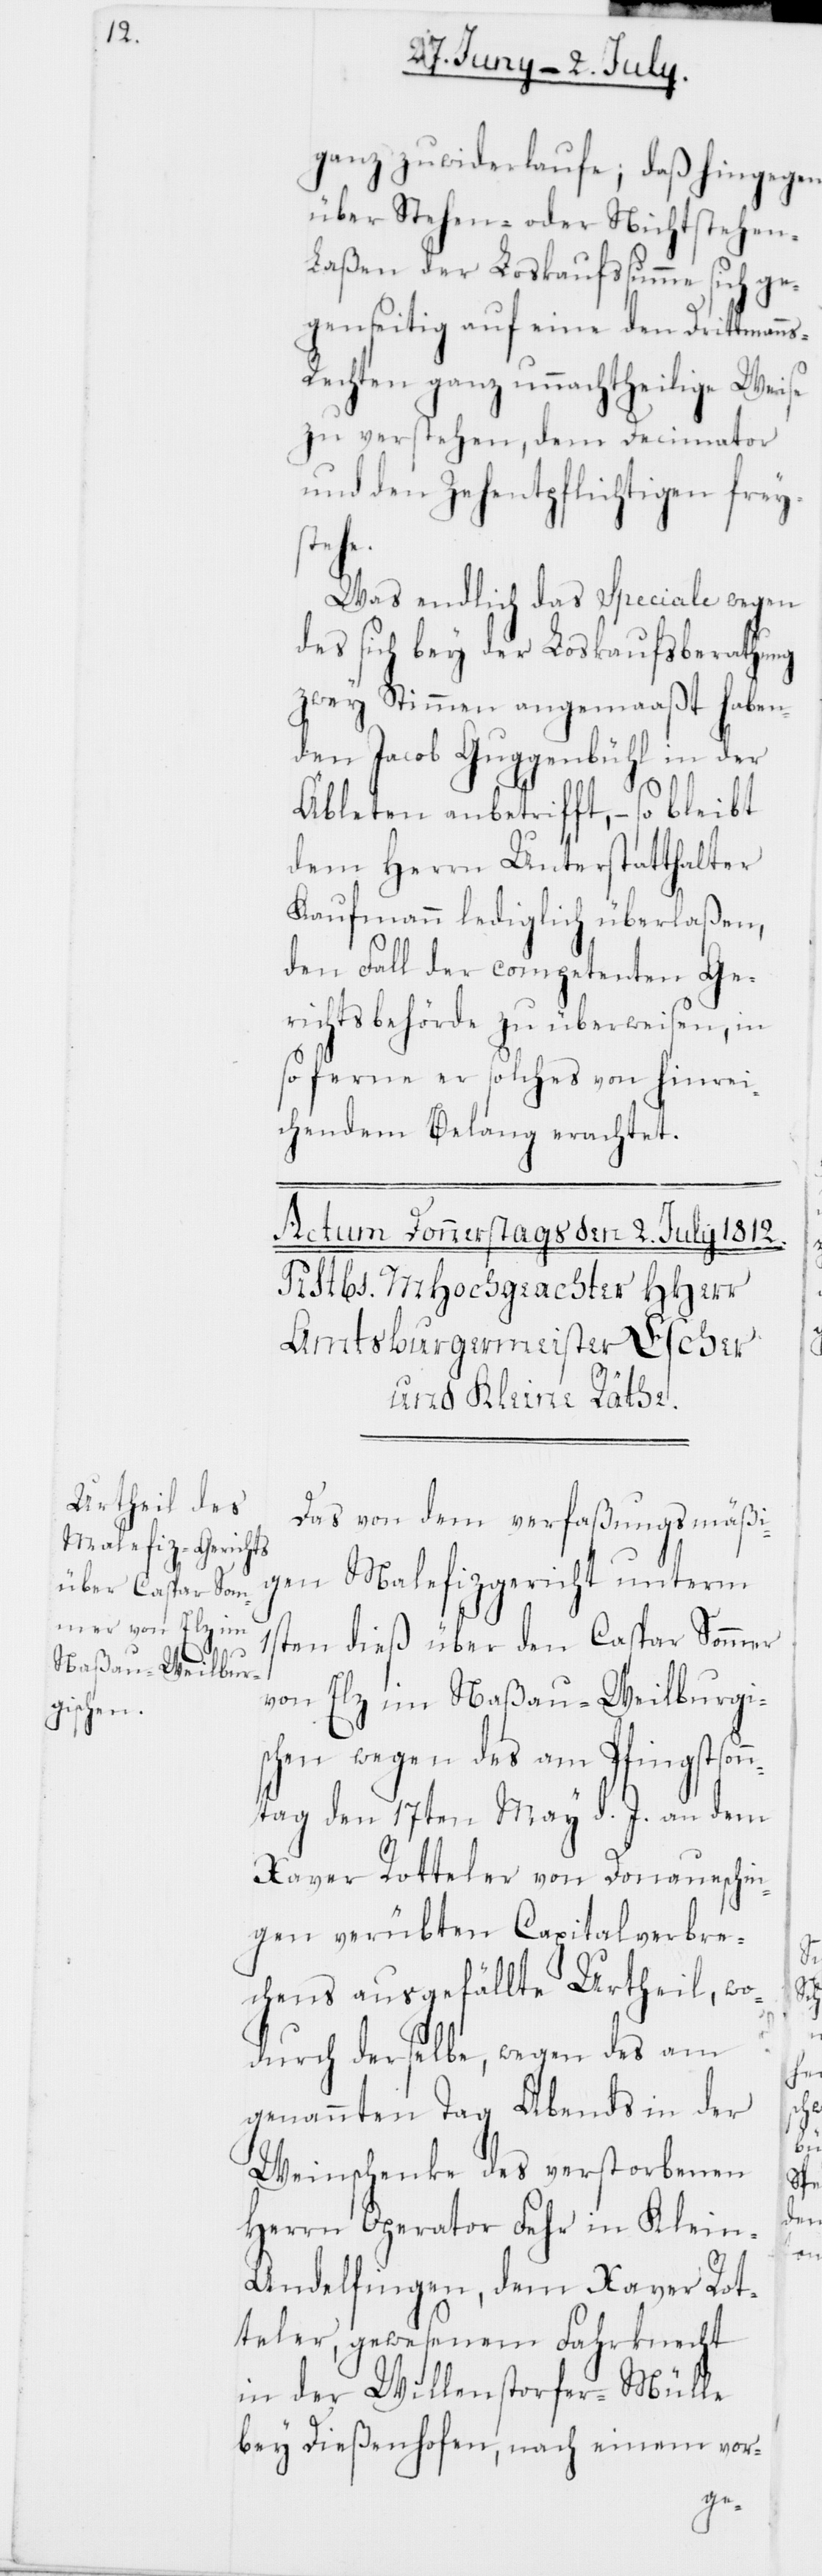
s-R¬

ganz zuwiderlaufe; daß hingegen
über Stehen- oder Nichtstehen-L¬
aßen der Loskaufssumme sich ge¬
genseitig auf eine den Drittmann¬
echten ganz unnachtheilige Weise
zu verstehen, dem Decimator
und den Zehentpflichtigen frey¬
stehe.
Was endlich das Speciale wegen
des sich bey der Loskaufsberathung
zwey Stimmen angemaaßt haben¬
den, Jacob Guggenbühl in der
Äbleten anbetrifft, – so bleibt
dem Herrn Unterstatthalter
Kaufmann lediglich überlaßen,
den Fall der competenten Ge¬
richtsbehörde zu überweisen, in
so ferne er solches von hinrei¬
chendem Belang erachtet.
Das von dem verfaßungsmäßi¬
gen Malefizgericht unterm
1sten dieß über den Caspar Sommer
von Elz im Naßau-Weilburgi¬
schen wegen des am Pfingstson¬
ntag den 17ten May d. J. an dem
Xaver Rotteler von Donaueschin¬
gen verübten Capitalverbre¬
chens ausgefällte Urtheil, wo¬
durch derselbe wegen des am
genannten Tag Abends in der
Weinschenke des verstorbenen
Herrn Operator Fehr in Klein-A¬
ndelfingen, dem Xaver Rot¬
teler, gewesenen Fahrknecht
in der Willenstorfer-Mülle
bey Dießenhofen, nach einem vor-